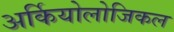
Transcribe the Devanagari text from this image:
अर्कियोलोजिकल